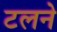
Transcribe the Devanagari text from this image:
टलने